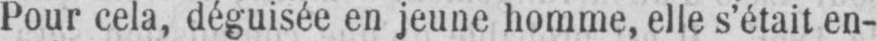
Pour cela, déguisée en jeune homme, elle s’était en-